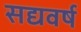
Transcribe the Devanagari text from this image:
सद्यवर्ष